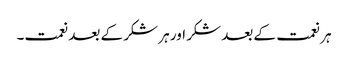
ہر نعمت کے بعد شکر اور ہر شکر کے بعد نعمت۔